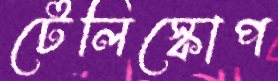
টেলিস্কোপ